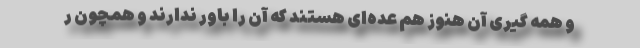
و همه گیری آن هنوز هم عده‌ای هستند که آن را باور ندارند و همچون ر